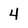
Character: 4